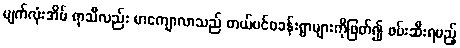
မျက်လုံးအိမ် ရာသီလည်း မာကျောလာသည် တယ်ပင်စခန်းရွာများကိုဖြတ်၍ ဖမ်းဆီးရမည့်